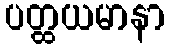
ပတ္ထယမာနာ